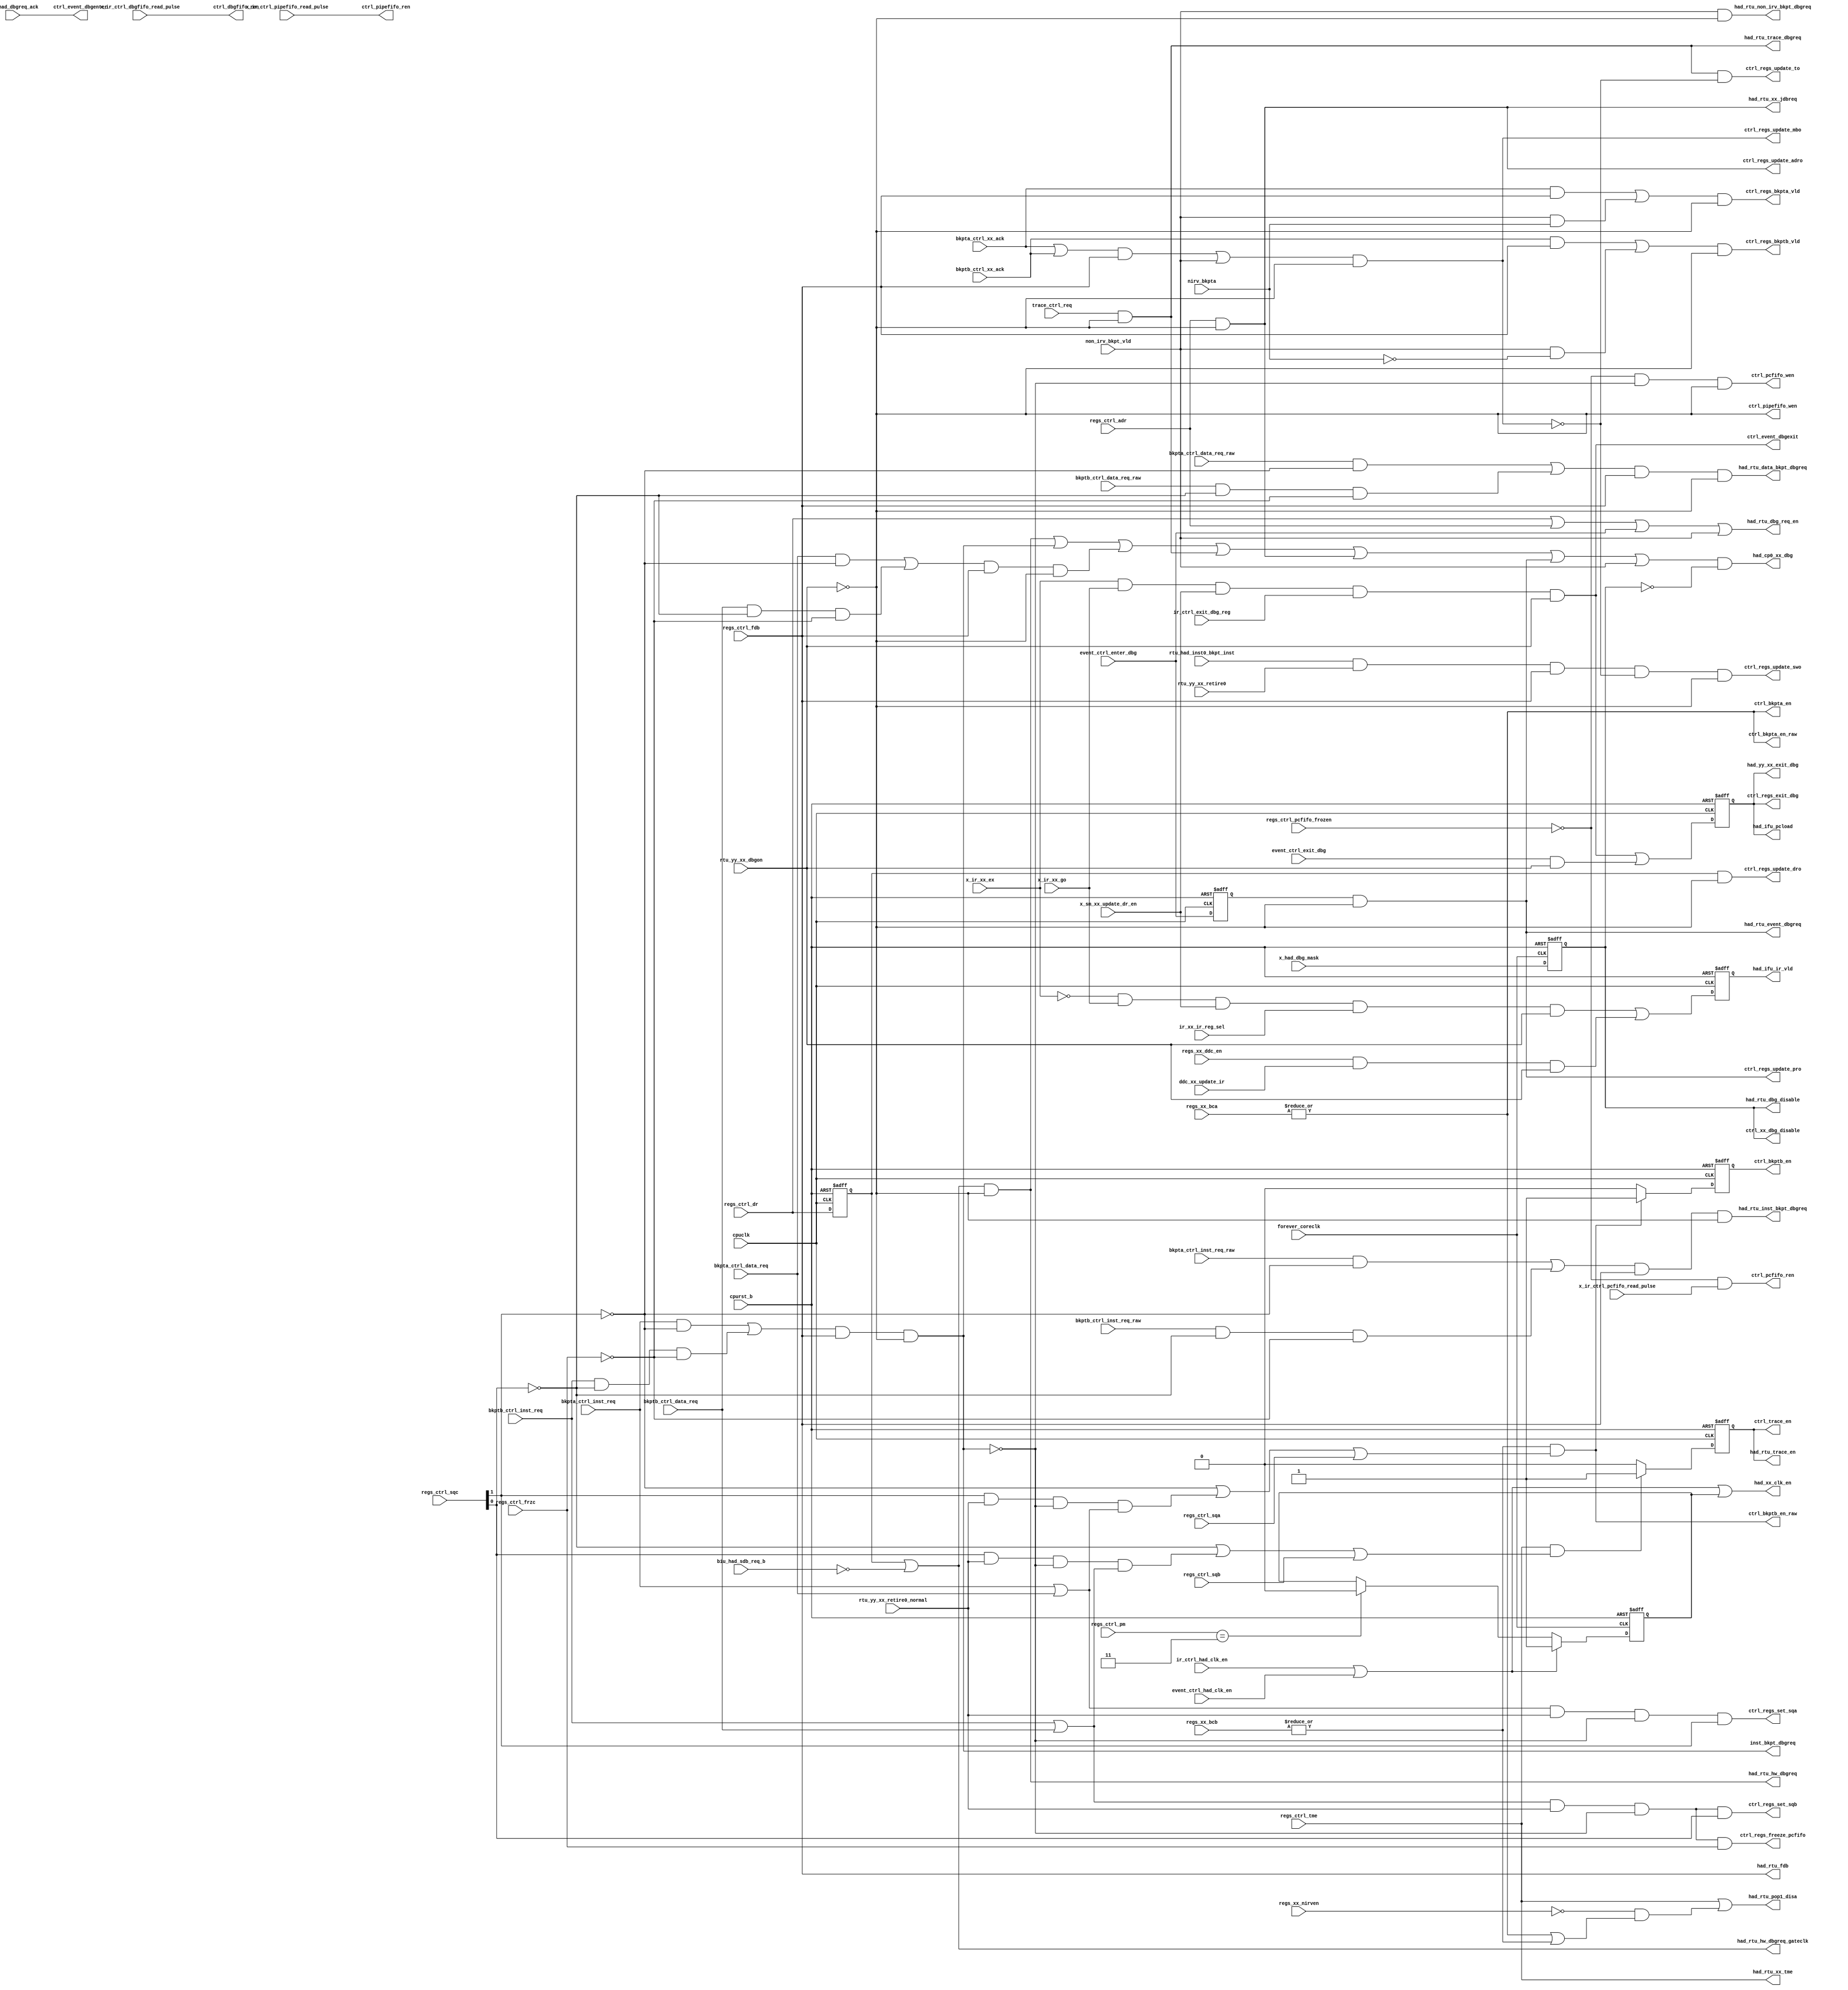
/*Copyright 2019-2021 T-Head Semiconductor Co., Ltd.

Licensed under the Apache License, Version 2.0 (the "License");
you may not use this file except in compliance with the License.
You may obtain a copy of the License at

    http://www.apache.org/licenses/LICENSE-2.0

Unless required by applicable law or agreed to in writing, software
distributed under the License is distributed on an "AS IS" BASIS,
WITHOUT WARRANTIES OR CONDITIONS OF ANY KIND, either express or implied.
See the License for the specific language governing permissions and
limitations under the License.
*/

// &ModuleBeg; @25
module ct_had_ctrl(
  biu_had_sdb_req_b,
  bkpta_ctrl_data_req,
  bkpta_ctrl_data_req_raw,
  bkpta_ctrl_inst_req,
  bkpta_ctrl_inst_req_raw,
  bkpta_ctrl_xx_ack,
  bkptb_ctrl_data_req,
  bkptb_ctrl_data_req_raw,
  bkptb_ctrl_inst_req,
  bkptb_ctrl_inst_req_raw,
  bkptb_ctrl_xx_ack,
  cpuclk,
  cpurst_b,
  ctrl_bkpta_en,
  ctrl_bkpta_en_raw,
  ctrl_bkptb_en,
  ctrl_bkptb_en_raw,
  ctrl_dbgfifo_ren,
  ctrl_event_dbgenter,
  ctrl_event_dbgexit,
  ctrl_pcfifo_ren,
  ctrl_pcfifo_wen,
  ctrl_pipefifo_ren,
  ctrl_pipefifo_wen,
  ctrl_regs_bkpta_vld,
  ctrl_regs_bkptb_vld,
  ctrl_regs_exit_dbg,
  ctrl_regs_freeze_pcfifo,
  ctrl_regs_set_sqa,
  ctrl_regs_set_sqb,
  ctrl_regs_update_adro,
  ctrl_regs_update_dro,
  ctrl_regs_update_mbo,
  ctrl_regs_update_pro,
  ctrl_regs_update_swo,
  ctrl_regs_update_to,
  ctrl_trace_en,
  ctrl_xx_dbg_disable,
  ddc_xx_update_ir,
  event_ctrl_enter_dbg,
  event_ctrl_exit_dbg,
  event_ctrl_had_clk_en,
  forever_coreclk,
  had_cp0_xx_dbg,
  had_ifu_ir_vld,
  had_ifu_pcload,
  had_rtu_data_bkpt_dbgreq,
  had_rtu_dbg_disable,
  had_rtu_dbg_req_en,
  had_rtu_event_dbgreq,
  had_rtu_fdb,
  had_rtu_hw_dbgreq,
  had_rtu_hw_dbgreq_gateclk,
  had_rtu_inst_bkpt_dbgreq,
  had_rtu_non_irv_bkpt_dbgreq,
  had_rtu_pop1_disa,
  had_rtu_trace_dbgreq,
  had_rtu_trace_en,
  had_rtu_xx_jdbreq,
  had_rtu_xx_tme,
  had_xx_clk_en,
  had_yy_xx_exit_dbg,
  inst_bkpt_dbgreq,
  ir_ctrl_exit_dbg_reg,
  ir_ctrl_had_clk_en,
  ir_xx_ir_reg_sel,
  nirv_bkpta,
  non_irv_bkpt_vld,
  regs_ctrl_adr,
  regs_ctrl_dr,
  regs_ctrl_fdb,
  regs_ctrl_frzc,
  regs_ctrl_pcfifo_frozen,
  regs_ctrl_pm,
  regs_ctrl_sqa,
  regs_ctrl_sqb,
  regs_ctrl_sqc,
  regs_ctrl_tme,
  regs_xx_bca,
  regs_xx_bcb,
  regs_xx_ddc_en,
  regs_xx_nirven,
  rtu_had_dbgreq_ack,
  rtu_had_inst0_bkpt_inst,
  rtu_yy_xx_dbgon,
  rtu_yy_xx_retire0,
  rtu_yy_xx_retire0_normal,
  trace_ctrl_req,
  x_had_dbg_mask,
  x_ir_ctrl_dbgfifo_read_pulse,
  x_ir_ctrl_pcfifo_read_pulse,
  x_ir_ctrl_pipefifo_read_pulse,
  x_ir_xx_ex,
  x_ir_xx_go,
  x_sm_xx_update_dr_en
);

// &Ports; @26
input          biu_had_sdb_req_b;            
input          bkpta_ctrl_data_req;          
input          bkpta_ctrl_data_req_raw;      
input          bkpta_ctrl_inst_req;          
input          bkpta_ctrl_inst_req_raw;      
input          bkpta_ctrl_xx_ack;            
input          bkptb_ctrl_data_req;          
input          bkptb_ctrl_data_req_raw;      
input          bkptb_ctrl_inst_req;          
input          bkptb_ctrl_inst_req_raw;      
input          bkptb_ctrl_xx_ack;            
input          cpuclk;                       
input          cpurst_b;                     
input          ddc_xx_update_ir;             
input          event_ctrl_enter_dbg;         
input          event_ctrl_exit_dbg;          
input          event_ctrl_had_clk_en;        
input          forever_coreclk;              
input          ir_ctrl_exit_dbg_reg;         
input          ir_ctrl_had_clk_en;           
input          ir_xx_ir_reg_sel;             
input          nirv_bkpta;                   
input          non_irv_bkpt_vld;             
input          regs_ctrl_adr;                
input          regs_ctrl_dr;                 
input          regs_ctrl_fdb;                
input          regs_ctrl_frzc;               
input          regs_ctrl_pcfifo_frozen;      
input   [1:0]  regs_ctrl_pm;                 
input          regs_ctrl_sqa;                
input          regs_ctrl_sqb;                
input   [1:0]  regs_ctrl_sqc;                
input          regs_ctrl_tme;                
input   [4:0]  regs_xx_bca;                  
input   [4:0]  regs_xx_bcb;                  
input          regs_xx_ddc_en;               
input          regs_xx_nirven;               
input          rtu_had_dbgreq_ack;           
input          rtu_had_inst0_bkpt_inst;      
input          rtu_yy_xx_dbgon;              
input          rtu_yy_xx_retire0;            
input          rtu_yy_xx_retire0_normal;     
input          trace_ctrl_req;               
input          x_had_dbg_mask;               
input          x_ir_ctrl_dbgfifo_read_pulse; 
input          x_ir_ctrl_pcfifo_read_pulse;  
input          x_ir_ctrl_pipefifo_read_pulse; 
input          x_ir_xx_ex;                   
input          x_ir_xx_go;                   
input          x_sm_xx_update_dr_en;         
output         ctrl_bkpta_en;                
output         ctrl_bkpta_en_raw;            
output         ctrl_bkptb_en;                
output         ctrl_bkptb_en_raw;            
output         ctrl_dbgfifo_ren;             
output         ctrl_event_dbgenter;          
output         ctrl_event_dbgexit;           
output         ctrl_pcfifo_ren;              
output         ctrl_pcfifo_wen;              
output         ctrl_pipefifo_ren;            
output         ctrl_pipefifo_wen;            
output         ctrl_regs_bkpta_vld;          
output         ctrl_regs_bkptb_vld;          
output         ctrl_regs_exit_dbg;           
output         ctrl_regs_freeze_pcfifo;      
output         ctrl_regs_set_sqa;            
output         ctrl_regs_set_sqb;            
output         ctrl_regs_update_adro;        
output         ctrl_regs_update_dro;         
output         ctrl_regs_update_mbo;         
output         ctrl_regs_update_pro;         
output         ctrl_regs_update_swo;         
output         ctrl_regs_update_to;          
output         ctrl_trace_en;                
output         ctrl_xx_dbg_disable;          
output         had_cp0_xx_dbg;               
output         had_ifu_ir_vld;               
output         had_ifu_pcload;               
output         had_rtu_data_bkpt_dbgreq;     
output         had_rtu_dbg_disable;          
output         had_rtu_dbg_req_en;           
output         had_rtu_event_dbgreq;         
output         had_rtu_fdb;                  
output         had_rtu_hw_dbgreq;            
output         had_rtu_hw_dbgreq_gateclk;    
output         had_rtu_inst_bkpt_dbgreq;     
output         had_rtu_non_irv_bkpt_dbgreq;  
output         had_rtu_pop1_disa;            
output         had_rtu_trace_dbgreq;         
output         had_rtu_trace_en;             
output         had_rtu_xx_jdbreq;            
output         had_rtu_xx_tme;               
output         had_xx_clk_en;                
output         had_yy_xx_exit_dbg;           
output         inst_bkpt_dbgreq;             

// &Regs; @27
reg            ctrl_bkptb_en;                
reg            ctrl_exit_dbg;                
reg            ctrl_go_noex;                 
reg            ctrl_out_dbg_disable;         
reg            ctrl_trace_en;                
reg            dr_set_req;                   
reg            event_req;                    
reg            had_clk_en_ff;                

// &Wires; @28
wire           adr_set_req;                  
wire           async_dbg_req;                
wire           biu_had_sdb_req_b;            
wire           bkpta_ctrl_data_req;          
wire           bkpta_ctrl_data_req_raw;      
wire           bkpta_ctrl_inst_req;          
wire           bkpta_ctrl_inst_req_raw;      
wire           bkpta_ctrl_xx_ack;            
wire           bkptb_ctrl_data_req;          
wire           bkptb_ctrl_data_req_raw;      
wire           bkptb_ctrl_inst_req;          
wire           bkptb_ctrl_inst_req_raw;      
wire           bkptb_ctrl_xx_ack;            
wire           bkptb_en;                     
wire           bkptb_sqc_en;                 
wire           cpuclk;                       
wire           cpurst_b;                     
wire           ctrl_bkpta_en;                
wire           ctrl_bkpta_en_raw;            
wire           ctrl_bkptb_en_raw;            
wire           ctrl_dbgfifo_ren;             
wire           ctrl_event_dbgenter;          
wire           ctrl_event_dbgexit;           
wire           ctrl_pcfifo_ren;              
wire           ctrl_pcfifo_wen;              
wire           ctrl_pipefifo_ren;            
wire           ctrl_pipefifo_wen;            
wire           ctrl_regs_bkpta_vld;          
wire           ctrl_regs_bkptb_vld;          
wire           ctrl_regs_exit_dbg;           
wire           ctrl_regs_freeze_pcfifo;      
wire           ctrl_regs_set_sqa;            
wire           ctrl_regs_set_sqb;            
wire           ctrl_regs_update_adro;        
wire           ctrl_regs_update_dro;         
wire           ctrl_regs_update_mbo;         
wire           ctrl_regs_update_pro;         
wire           ctrl_regs_update_swo;         
wire           ctrl_regs_update_to;          
wire           ctrl_tee_dbg_disable;         
wire           ctrl_xx_dbg_disable;          
wire           data_bkpt_dbgreq;             
wire           ddc_inst_go;                  
wire           ddc_xx_update_ir;             
wire           event_ctrl_enter_dbg;         
wire           event_ctrl_exit_dbg;          
wire           event_ctrl_had_clk_en;        
wire           exit_dbg;                     
wire           exit_dbg_active;              
wire           forever_coreclk;              
wire           go_in_dbg;                    
wire           go_noex;                      
wire           had_clk_en;                   
wire           had_cp0_xx_dbg;               
wire           had_ifu_ir_vld;               
wire           had_ifu_pcload;               
wire           had_rtu_data_bkpt_dbgreq;     
wire           had_rtu_dbg_disable;          
wire           had_rtu_dbg_req_en;           
wire           had_rtu_event_dbgreq;         
wire           had_rtu_fdb;                  
wire           had_rtu_hw_dbgreq;            
wire           had_rtu_hw_dbgreq_gateclk;    
wire           had_rtu_inst_bkpt_dbgreq;     
wire           had_rtu_non_irv_bkpt_dbgreq;  
wire           had_rtu_pop1_disa;            
wire           had_rtu_trace_dbgreq;         
wire           had_rtu_trace_en;             
wire           had_rtu_xx_jdbreq;            
wire           had_rtu_xx_tme;               
wire           had_xx_clk_en;                
wire           had_yy_xx_exit_dbg;           
wire           inst_bkpt_dbgreq;             
wire           ir_ctrl_exit_dbg_reg;         
wire           ir_ctrl_had_clk_en;           
wire           ir_xx_ir_reg_sel;             
wire           mem_bkpta_data_req;           
wire           mem_bkpta_data_req_raw;       
wire           mem_bkpta_inst_req;           
wire           mem_bkpta_inst_req_raw;       
wire           mem_bkptb_data_req;           
wire           mem_bkptb_data_req_raw;       
wire           mem_bkptb_inst_req;           
wire           mem_bkptb_inst_req_raw;       
wire           nirv_bkpta;                   
wire           non_irv_bkpt_vld;             
wire           regs_ctrl_adr;                
wire           regs_ctrl_dr;                 
wire           regs_ctrl_fdb;                
wire           regs_ctrl_frzc;               
wire           regs_ctrl_pcfifo_frozen;      
wire    [1:0]  regs_ctrl_pm;                 
wire           regs_ctrl_sqa;                
wire           regs_ctrl_sqb;                
wire    [1:0]  regs_ctrl_sqc;                
wire           regs_ctrl_tme;                
wire    [4:0]  regs_xx_bca;                  
wire    [4:0]  regs_xx_bcb;                  
wire           regs_xx_ddc_en;               
wire           regs_xx_nirven;               
wire           rtu_had_dbgreq_ack;           
wire           rtu_had_inst0_bkpt_inst;      
wire           rtu_yy_xx_dbgon;              
wire           rtu_yy_xx_retire0;            
wire           rtu_yy_xx_retire0_normal;     
wire           sdb_req;                      
wire           trace_ctrl_req;               
wire           trace_req;                    
wire           trace_sqc_en;                 
wire           x_had_dbg_mask;               
wire           x_ir_ctrl_dbgfifo_read_pulse; 
wire           x_ir_ctrl_pcfifo_read_pulse;  
wire           x_ir_ctrl_pipefifo_read_pulse; 
wire           x_ir_xx_ex;                   
wire           x_ir_xx_go;                   
wire           x_sm_xx_update_dr_en;         


// had control logic can be divided into four parts:
//   1. ctrl signal to had function modules
//   2. debug request to RTU
//   3. inform HSR to update corresponding status bits
//   4. exit debug mode logic

//==============================================================================
//                  1. ctrl signal to had function modules
//==============================================================================

//==========================================================
//                 memory bkpta enable
//==========================================================

// &Force("output", "ctrl_bkpta_en"); @44
assign ctrl_bkpta_en = |regs_xx_bca[4:0];
assign ctrl_bkpta_en_raw = |regs_xx_bca[4:0];

//==========================================================
//                 memory bkptb enable
//==========================================================

// memory bkptb enable contains two conditions:
//   1. bcb not zero
//   2. meet SQC conditons
//      i) sqc[1:0] = 2'b00: no affect
//     ii) sqc[1] = 1'b1: bkptb won't be enabled until bkpta occurs

assign bkptb_en = |regs_xx_bcb[4:0];

assign bkptb_sqc_en = !regs_ctrl_sqc[1] ||
                       regs_ctrl_sqc[1] && rtu_yy_xx_retire0_normal &&
                      !inst_bkpt_dbgreq && (bkpta_ctrl_inst_req || bkpta_ctrl_data_req) ||
                       regs_ctrl_sqa;

// &Force("output", "ctrl_bkptb_en"); @65
always @(posedge cpuclk or negedge cpurst_b)
begin
  if (!cpurst_b)
    ctrl_bkptb_en <= 1'b0;
  else if (bkptb_en && bkptb_sqc_en)
    ctrl_bkptb_en <= 1'b1;
  else
    ctrl_bkptb_en <= 1'b0;
end

assign ctrl_bkptb_en_raw = bkptb_en && bkptb_sqc_en;

//==========================================================
//                    trace enable
//==========================================================

// trace enable contains two conditions:
//   1. tme set
//   2. meet SQC conditions
//      i) sqc[1:0] = 2'b00: no affect
//     ii) sqc[0] = 1'b1: trace won't be enabled until bkptb occurs

assign trace_sqc_en = !regs_ctrl_sqc[0] ||
                       regs_ctrl_sqc[0] && rtu_yy_xx_retire0_normal &&
                      !inst_bkpt_dbgreq && (bkptb_ctrl_inst_req || bkptb_ctrl_data_req) ||
                       regs_ctrl_sqb;

always @(posedge cpuclk or negedge cpurst_b)
begin
  if (!cpurst_b)
    ctrl_trace_en <= 1'b0;
  else if (regs_ctrl_tme && trace_sqc_en)
    ctrl_trace_en <= 1'b1;
  else
    ctrl_trace_en <= 1'b0;
end

// &Force("output","ctrl_trace_en"); @103
assign had_rtu_trace_en = ctrl_trace_en;

//==========================================================
//                    pcfifo enable
//==========================================================

// pcfifo write enable contains three conditions:
//   1. pcfifo not frozen
//   2. change flow inst retire normally
//   3. not in debug mode
//   4. meet the condition about 

assign ctrl_pcfifo_wen = !regs_ctrl_pcfifo_frozen &&
                         !inst_bkpt_dbgreq &&
                         !rtu_yy_xx_dbgon;
//                       && cp0_had_pcfifo_wen;

// pcfifo read enable contains two conditions:
//   1. pcfifo not frozen
//   2. pcfifo read pulse

assign ctrl_pcfifo_ren = !regs_ctrl_pcfifo_frozen && x_ir_ctrl_pcfifo_read_pulse;

//==========================================================
//           pipefifo enable
//==========================================================
assign ctrl_pipefifo_wen = !rtu_yy_xx_dbgon;
assign ctrl_pipefifo_ren = x_ir_ctrl_pipefifo_read_pulse;
assign ctrl_dbgfifo_ren  = x_ir_ctrl_dbgfifo_read_pulse;

//==============================================================================
//                        2. debug request to RTU
//==============================================================================                        
//==========================================================
// Three major kinds of debug requests are sent to RTU from HAD
// 1. had_rtu_xx_jdbreq: asynchronous debug request
// 2. had_rtu_hw_dbgreq: synchronous debug request, include DR set, sdb_req_b
// 3. had_rtu_mt_dbgreq: synchronous debug request, include memory bkpt and trace
//==========================================================

assign trace_req = trace_ctrl_req;

assign mem_bkpta_inst_req = bkpta_ctrl_inst_req && !regs_ctrl_sqc[1];
assign mem_bkpta_data_req = bkpta_ctrl_data_req && !regs_ctrl_sqc[1];

assign mem_bkptb_inst_req = bkptb_ctrl_inst_req && !regs_ctrl_sqc[0] && !regs_ctrl_frzc;
assign mem_bkptb_data_req = bkptb_ctrl_data_req && !regs_ctrl_sqc[0] && !regs_ctrl_frzc;

always @(posedge cpuclk or negedge cpurst_b)
begin
  if (!cpurst_b)
    dr_set_req <= 1'b0;
  else 
    dr_set_req <= regs_ctrl_dr;
end

assign adr_set_req = regs_ctrl_adr;
    
assign sdb_req = !biu_had_sdb_req_b;

// &Force("output", "had_rtu_hw_dbgreq"); @164
assign had_rtu_hw_dbgreq         = (dr_set_req || sdb_req) && !rtu_yy_xx_dbgon;
assign had_rtu_hw_dbgreq_gateclk = dr_set_req || sdb_req;

// &Force("output", "had_rtu_trace_dbgreq"); @168
// &Force("output", "inst_bkpt_dbgreq"); @169
assign inst_bkpt_dbgreq = (mem_bkpta_inst_req || mem_bkptb_inst_req) && regs_ctrl_fdb &&!rtu_yy_xx_dbgon;
assign data_bkpt_dbgreq = (mem_bkpta_data_req || mem_bkptb_data_req) && regs_ctrl_fdb &&!rtu_yy_xx_dbgon;

assign had_rtu_trace_dbgreq =  trace_req && !rtu_yy_xx_dbgon;

// &Force("output", "had_rtu_xx_jdbreq"); @175
assign had_rtu_xx_jdbreq = async_dbg_req;

// &Force("output", "had_rtu_event_dbgreq"); @178

always @(posedge cpuclk or negedge cpurst_b)
begin
  if (!cpurst_b)
    event_req <= 1'b0;
  else 
    event_req <= event_ctrl_enter_dbg;
end 

assign had_rtu_event_dbgreq = event_req && !rtu_yy_xx_dbgon;

assign mem_bkpta_inst_req_raw = bkpta_ctrl_inst_req_raw && !regs_ctrl_sqc[1];
assign mem_bkpta_data_req_raw = bkpta_ctrl_data_req_raw && !regs_ctrl_sqc[1];

assign mem_bkptb_inst_req_raw = bkptb_ctrl_inst_req_raw && !regs_ctrl_sqc[0] && !regs_ctrl_frzc;
assign mem_bkptb_data_req_raw = bkptb_ctrl_data_req_raw && !regs_ctrl_sqc[0] && !regs_ctrl_frzc;

assign had_rtu_inst_bkpt_dbgreq = (mem_bkpta_inst_req_raw || mem_bkptb_inst_req_raw) && regs_ctrl_fdb &&!rtu_yy_xx_dbgon;
assign had_rtu_data_bkpt_dbgreq = (mem_bkpta_data_req_raw || mem_bkptb_data_req_raw) && regs_ctrl_fdb &&!rtu_yy_xx_dbgon;

assign had_rtu_non_irv_bkpt_dbgreq = non_irv_bkpt_vld && !rtu_yy_xx_dbgon;

//==========================================================
//              wake up CPU from low power mode
//==========================================================

assign had_cp0_xx_dbg = (had_rtu_hw_dbgreq ||
                         inst_bkpt_dbgreq ||
                         data_bkpt_dbgreq ||
                         had_rtu_trace_dbgreq ||
                         had_rtu_xx_jdbreq ||   
                         had_rtu_event_dbgreq || 
                         non_irv_bkpt_vld) && !ctrl_xx_dbg_disable;

//==========================================================
//            control signal for RTU enter debug
//==========================================================

assign had_rtu_fdb = regs_ctrl_fdb;

// when trace or memory bkpt is enabled, RTU retires inst one by one
assign had_rtu_pop1_disa = regs_ctrl_tme ||
                          !regs_xx_nirven && (ctrl_bkpta_en || bkptb_en);

//when there may be new debug request, signal RTU to enable single retire
//mode and mask debug request if committed inst may be flushed
assign had_rtu_dbg_req_en = regs_ctrl_dr ||
                            regs_ctrl_adr ||
                            event_ctrl_enter_dbg ||
                            non_irv_bkpt_vld;

assign had_rtu_xx_tme = regs_ctrl_tme;

assign ctrl_event_dbgenter = rtu_had_dbgreq_ack ;

//==============================================================================
//               3. inform HSR to update corresponding status bits
//==============================================================================
// debug request has the highest proirity, all debug request will be acked.

// update adro
assign ctrl_regs_update_adro = async_dbg_req;

assign async_dbg_req = adr_set_req && !rtu_yy_xx_dbgon;

// update dro
assign ctrl_regs_update_dro = dr_set_req && !rtu_yy_xx_dbgon;

// update mbo
assign ctrl_regs_update_mbo = ((bkpta_ctrl_xx_ack ||
                                bkptb_ctrl_xx_ack) && regs_ctrl_fdb 
                              || non_irv_bkpt_vld)
                            && !rtu_yy_xx_dbgon;

assign ctrl_regs_bkpta_vld  = (bkpta_ctrl_xx_ack && regs_ctrl_fdb 
                            || non_irv_bkpt_vld && nirv_bkpta) 
                           && !rtu_yy_xx_dbgon;
assign ctrl_regs_bkptb_vld  = (bkptb_ctrl_xx_ack && regs_ctrl_fdb 
                            || non_irv_bkpt_vld && !nirv_bkpta)
                           && !rtu_yy_xx_dbgon;

// update swo
// if bkpt ins triggles mbkpt&soft bkpt, the mbkpt is higher than soft bkpt
// &Force("output","ctrl_regs_update_mbo"); @262
assign ctrl_regs_update_swo =rtu_had_inst0_bkpt_inst && rtu_yy_xx_retire0 &&
                              regs_ctrl_fdb &&
                              !ctrl_regs_update_mbo &&
                              !rtu_yy_xx_dbgon;

// update to
// if mbkpt&trace occurs at the same time, the mbkpt is higher than soft bkpt
assign ctrl_regs_update_to = trace_req && !rtu_yy_xx_dbgon && !ctrl_regs_update_mbo;

// update frzo
assign ctrl_regs_freeze_pcfifo = (bkptb_ctrl_inst_req || bkptb_ctrl_data_req) && rtu_yy_xx_retire0_normal
                              && !inst_bkpt_dbgreq && regs_ctrl_frzc;

// update sqb
assign ctrl_regs_set_sqb = (bkptb_ctrl_inst_req || bkptb_ctrl_data_req) && rtu_yy_xx_retire0_normal
                        && !inst_bkpt_dbgreq && regs_ctrl_sqc[0];

// update sqa
assign ctrl_regs_set_sqa =(bkpta_ctrl_inst_req || bkpta_ctrl_data_req) && rtu_yy_xx_retire0_normal
                        && !inst_bkpt_dbgreq && regs_ctrl_sqc[1];

//update pro
assign ctrl_regs_update_pro = event_req && !rtu_yy_xx_dbgon;

//==============================================================================
//                        exit debug mode logic
//==============================================================================

//==========================================================
//                    exit debug mode
//==========================================================

// CPU exit debug mode when TAP is in UPDATE_DR state and bypass or cpuscr reg 
// is selected

assign exit_dbg_active = x_ir_xx_ex && x_ir_xx_go
                      && x_sm_xx_update_dr_en && ir_ctrl_exit_dbg_reg
                      && rtu_yy_xx_dbgon;

assign exit_dbg = exit_dbg_active || event_ctrl_exit_dbg && rtu_yy_xx_dbgon;

always @(posedge cpuclk or negedge cpurst_b)
begin
  if (!cpurst_b)
    ctrl_exit_dbg <= 1'b0;
  else
    ctrl_exit_dbg <= exit_dbg;
end

assign ctrl_regs_exit_dbg = ctrl_exit_dbg;

assign had_yy_xx_exit_dbg = ctrl_exit_dbg;

assign had_ifu_pcload = ctrl_exit_dbg;

assign ctrl_event_dbgexit = exit_dbg_active;

//==========================================================
//                    go in debug mode
//==========================================================
// CPU go in debug mode contains two cases:
//   1. normal debug channel
//   2. ddc channel

assign go_noex = !x_ir_xx_ex && x_ir_xx_go
               && x_sm_xx_update_dr_en && ir_xx_ir_reg_sel       // this is a pulse signal
               && rtu_yy_xx_dbgon;

assign ddc_inst_go =  regs_xx_ddc_en
                   && ddc_xx_update_ir  // this is a pulse signal
                   && rtu_yy_xx_dbgon;

assign go_in_dbg = go_noex || ddc_inst_go;

always @(posedge cpuclk or negedge cpurst_b)
begin
  if (!cpurst_b)
    ctrl_go_noex <= 1'b0;
  else
    ctrl_go_noex <= go_in_dbg;
end

assign had_ifu_ir_vld = ctrl_go_noex;

//==========================================================
//                       TEE Signals
//==========================================================
// &Force("input", "had_xx_tee_dbg_disable"); &Force("bus", "had_xx_tee_dbg_disable", 7, 0); @360
// &Force("input", "forever_coreclk"); @361
// &Force("nonport", "had_xx_tee_dbg_disable_sync"); @362
// &Force("input", "had_xx_ree_dbg_disable"); &Force("bus", "had_xx_ree_dbg_disable", 7, 0); @373
// &Force("input", "forever_coreclk"); @374
// &Force("nonport", "had_xx_ree_dbg_disable_sync"); @375
assign ctrl_tee_dbg_disable = 1'b0;

//==========================================================
//                      Debug Disable
//==========================================================
// &Force("input", "x_had_dbg_mask"); @402
// &Force("input", "forever_coreclk"); @403
// &Force("nonport", "ctrl_out_dbg_disable"); @404
always @ (posedge forever_coreclk or negedge cpurst_b)
begin
  if (~cpurst_b)
    ctrl_out_dbg_disable <= 1'b0;
  else
    ctrl_out_dbg_disable <= x_had_dbg_mask;
end

assign ctrl_xx_dbg_disable = ctrl_tee_dbg_disable || ctrl_out_dbg_disable;

// &Force("output", "ctrl_xx_dbg_disable"); @417

assign had_rtu_dbg_disable = ctrl_xx_dbg_disable;


//==========================================================
//                         Top ICG
//==========================================================
assign had_clk_en = ir_ctrl_had_clk_en | event_ctrl_had_clk_en;

always@(posedge forever_coreclk or negedge cpurst_b)
begin
  if (!cpurst_b)
    had_clk_en_ff <= 1'b0;
  else if (had_clk_en)
    had_clk_en_ff <= 1'b1;
  else if (regs_ctrl_pm[1:0] == 2'b11)
    had_clk_en_ff <= 1'b0;
end
assign had_xx_clk_en = had_clk_en | had_clk_en_ff;


// &ModuleEnd; @439
endmodule